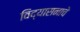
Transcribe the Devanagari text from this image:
विद्यासनाचे